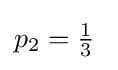
p_{2}=\textstyle {\frac {1}{3}}\